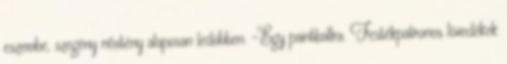
eszembe, szegény nőstény alaposan ledöbben. -Egy paintballra. Festékpatronos lövedékek